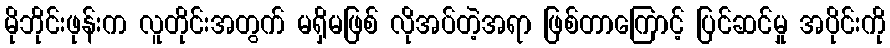
မိုဘိုင်းဖုန်းက လူတိုင်းအတွက် မရှိမဖြစ် လိုအပ်တဲ့အရာ ဖြစ်တာကြောင့် ပြင်ဆင်မှု အပိုင်းကို